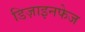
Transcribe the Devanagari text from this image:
डिज़ाइनफेज